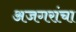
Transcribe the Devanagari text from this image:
अजगरांचा